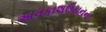
અવકાશઉડાનના